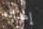
إعداده